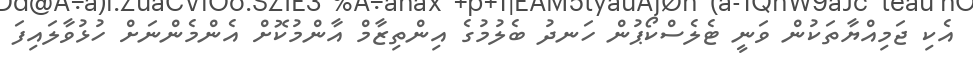
އެކި ޖަމިއްޔާތަކުން ވަނީ ޓެލެސްކޯޕުން ހަނދު ބެލުމުގެ އިންތިޒާމް އާންމުކޮށް އެންމެންނަށް ހުޅުވާލައިފަ